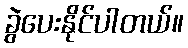
ခွဲပေးနိုင်ပါတယ်။